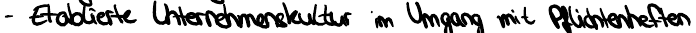
- Etablierte Unternehmensstruktur im Umgang mit Pflichtenheften